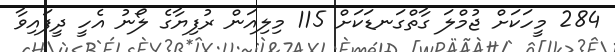
284 މީހަކަށް ޖުމްލަ ގާތްގަނޑަކަށް 115 މިލިއަން ރުފިޔާގެ ލޯނު އެހީ ދީފައިވާ